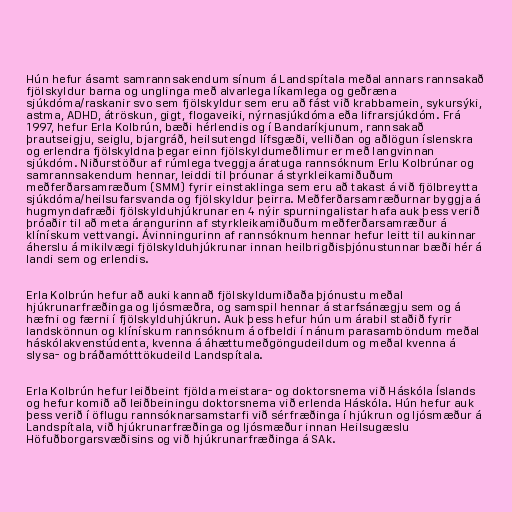
Hún hefur ásamt samrannsakendum sínum á Landspítala meðal annars rannsakað
fjölskyldur barna og unglinga með alvarlega líkamlega og geðræna
sjúkdóma/raskanir svo sem fjölskyldur sem eru að fást við krabbamein, sykursýki,
astma, ADHD, átröskun, gigt, flogaveiki, nýrnasjúkdóma eða lifrarsjúkdóm. Frá
1997, hefur Erla Kolbrún, bæði hérlendis og í Bandaríkjunum, rannsakað
þrautseigju, seiglu, bjargráð, heilsutengd lífsgæði, velliðan og aðlögun íslenskra
og erlendra fjölskyldna þegar einn fjölskyldumeðlimur er með langvinnan
sjúkdóm. Niðurstöður af rúmlega tveggja áratuga rannsóknum Erlu Kolbrúnar og
samrannsakendum hennar, leiddi til þróunar á styrkleikamiðuðum
meðferðarsamræðum (SMM) fyrir einstaklinga sem eru að takast á við fjölbreytta
sjúkdóma/heilsufarsvanda og fjölskyldur þeirra. Meðferðarsamræðurnar byggja á
hugmyndafræði fjölskylduhjúkrunar en 4 nýir spurningalistar hafa auk þess verið
þróaðir til að meta árangurinn af styrkleikamiðuðum meðferðarsamræður á
klínískum vettvangi. Ávinningurinn af rannsóknum hennar hefur leitt til aukinnar
áherslu á mikilvægi fjölskylduhjúkrunar innan heilbrigðisþjónustunnar bæði hér á
landi sem og erlendis.

Erla Kolbrún hefur að auki kannað fjölskyldumiðaða þjónustu meðal
hjúkrunarfræðinga og ljósmæðra, og samspil hennar á starfsánægju sem og á
hæfni og færni í fjölskylduhjúkrun. Auk þess hefur hún um árabil staðið fyrir
landskönnun og klínískum rannsóknum á ofbeldi í nánum parasamböndum meðal
háskólakvenstúdenta, kvenna á áhættumeðgöngudeildum og meðal kvenna á
slysa- og bráðamótttökudeild Landspítala.

Erla Kolbrún hefur leiðbeint fjölda meistara- og doktorsnema við Háskóla Íslands
og hefur komið að leiðbeiningu doktorsnema við erlenda Háskóla. Hún hefur auk
þess verið í öflugu rannsóknarsamstarfi við sérfræðinga í hjúkrun og ljósmæður á
Landspítala, við hjúkrunarfræðinga og ljósmæður innan Heilsugæslu
Höfuðborgarsvæðisins og við hjúkrunarfræðinga á SAk.